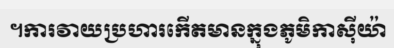
។ការវាយប្រហារកើតមានក្នុងភូមិកាស៊ីយ៉ា